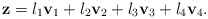
\begin{align*}\mathbf{z} = l_1\mathbf{v}_1+l_2\mathbf{v}_2+l_3\mathbf{v}_3+l_4\mathbf{v}_4.\end{align*}